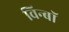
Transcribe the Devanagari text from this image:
विन्बॉ